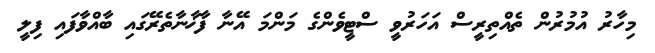
މިހާރު އުމުރުން ތެއްތިރީސް އަހަރުވީ ސްޓީވެންގެ މަންމަ އޭނާ ފާޚާނާތެރޭގައި ބާއްވާފައި ފިލީ